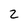
Character: 2